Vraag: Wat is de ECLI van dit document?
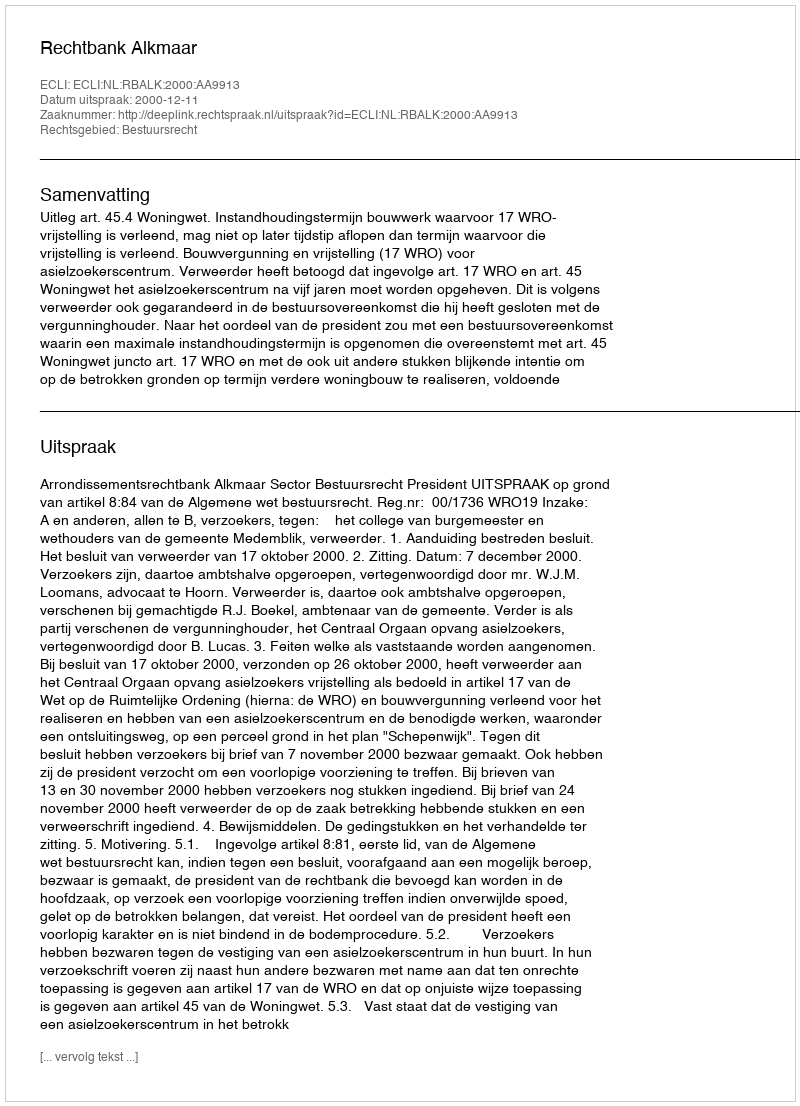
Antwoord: ECLI:NL:RBALK:2000:AA9913